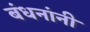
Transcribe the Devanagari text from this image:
बंधनांनी